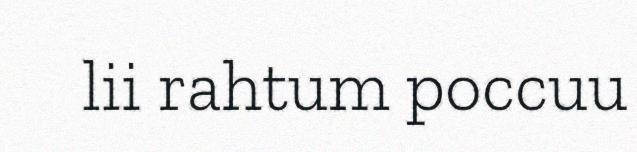
lii rahtum poccuu